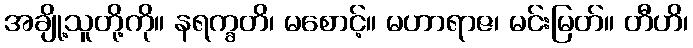
အချို့သူတို့ကို။ နရက္ခတိ၊ မစောင့်။ မဟာရာဇ၊ မင်းမြတ်။ တီဟိ၊